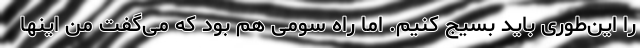
را این‌طوری باید بسیج کنیم. اما راه سومی هم بود که می‌گفت من اینها